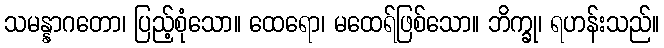
သမန္နာဂတော၊ ပြည့်စုံသော။ ထေရော၊ မထေရ်ဖြစ်သော။ ဘိက္ခု၊ ရဟန်းသည်။